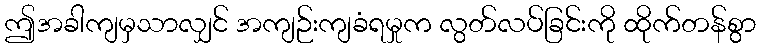
ဤအခါကျမှသာလျှင် အကျဉ်းကျခံရမှုက လွတ်လပ်ခြင်းကို ထိုက်တန်စွာ